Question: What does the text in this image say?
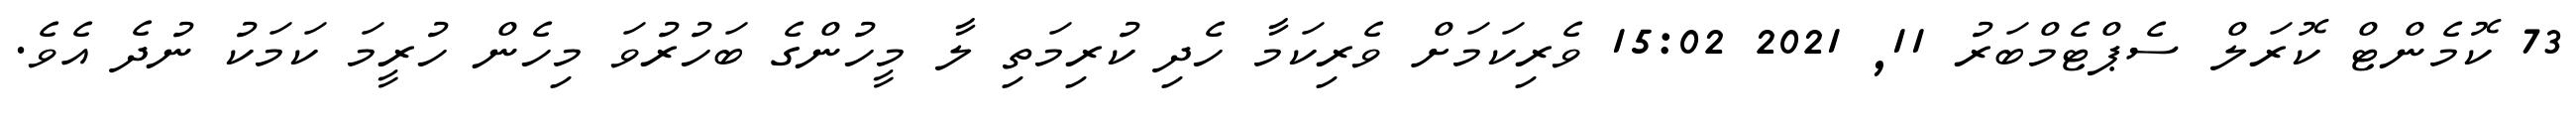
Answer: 73 ކޮމެންޓް ކޮރަލް ސެޕްޓެމްބަރު 11, 2021 15:02 ވެރިކަމަށް ވެރިކަމާ ހެދި ކުރިމަތި ލާ މީހުންގެ ބަހުރުވަ މިހެން ހުރީމަ ކަމަކު ނުދެ އެވެ.